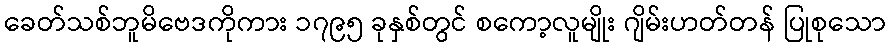
ခေတ်သစ်ဘူမိဗေဒကိုကား ၁၇၉၅ ခုနှစ်တွင် စကော့လူမျိုး ဂျိမ်းဟတ်တန် ပြုစုသော